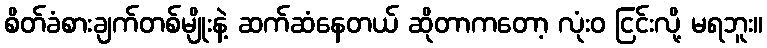
စိတ်ခံစားချက်တစ်မျိုးနဲ့ ဆက်ဆံနေတယ် ဆိုတာကတော့ လုံးဝ ငြင်းလို့ မရဘူး။